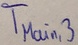
Text: TMain,3